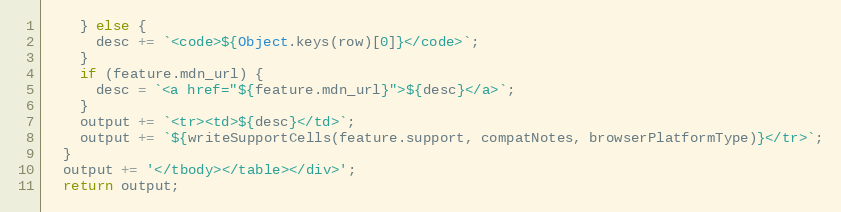
Language: JavaScript
    } else {
      desc += `<code>${Object.keys(row)[0]}</code>`;
    }
    if (feature.mdn_url) {
      desc = `<a href="${feature.mdn_url}">${desc}</a>`;
    }
    output += `<tr><td>${desc}</td>`;
    output += `${writeSupportCells(feature.support, compatNotes, browserPlatformType)}</tr>`;
  }
  output += '</tbody></table></div>';
  return output;